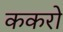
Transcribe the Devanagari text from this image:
ककरो